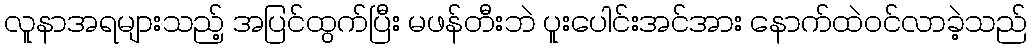
လူနာအရများသည့် အပြင်ထွက်ပြီး မဖန်တီးဘဲ ပူးပေါင်းအင်အား နောက်ထဲဝင်လာခဲ့သည်